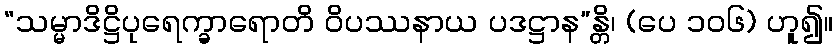
“သမ္မာဒိဋ္ဌိပုရေက္ခာရောတိ ဝိပဿနာယ ပဒဋ္ဌာန”န္တိ၊ (ပေ ၁၀၆) ဟူ၍။